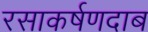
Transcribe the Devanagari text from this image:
रसाकर्षणदाब